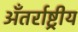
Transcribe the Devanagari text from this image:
अँतर्राष्ट्रीय